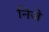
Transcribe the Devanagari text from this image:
निजे